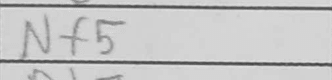
Transcription: Nf5